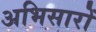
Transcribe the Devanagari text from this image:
अभिसारों